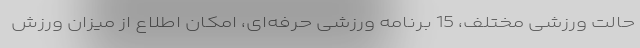
حالت ورزشی مختلف، 15 برنامه ورزشی حرفه‌ای، امکان اطلاع از میزان ورزش